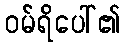
ဝမ်ရိပေါ်၏